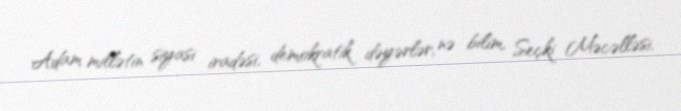
Adam millətin siyasi iradəsi, demokratik dəyərlər, nə bilim, Seçki Məcəlləsi,